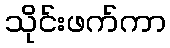
သိုင်းဖက်ကာ